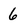
Character: 6